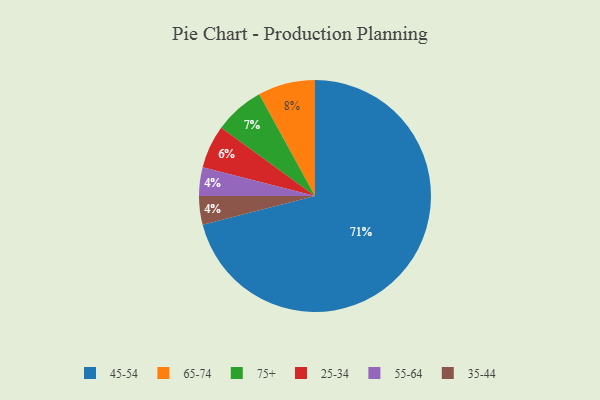
{"axis": {"x": "Category", "y": "Percentage"}, "legend": ["25-34", "35-44", "45-54", "55-64", "65-74", "75+"], "data": [{"x": "65-74", "y": 8, "type": "65-74"}, {"x": "55-64", "y": 4, "type": "55-64"}, {"x": "75+", "y": 7, "type": "75+"}, {"x": "35-44", "y": 4, "type": "35-44"}, {"x": "25-34", "y": 6, "type": "25-34"}, {"x": "45-54", "y": 71, "type": "45-54"}]}